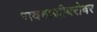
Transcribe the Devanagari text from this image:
रावबाजीबरोबर